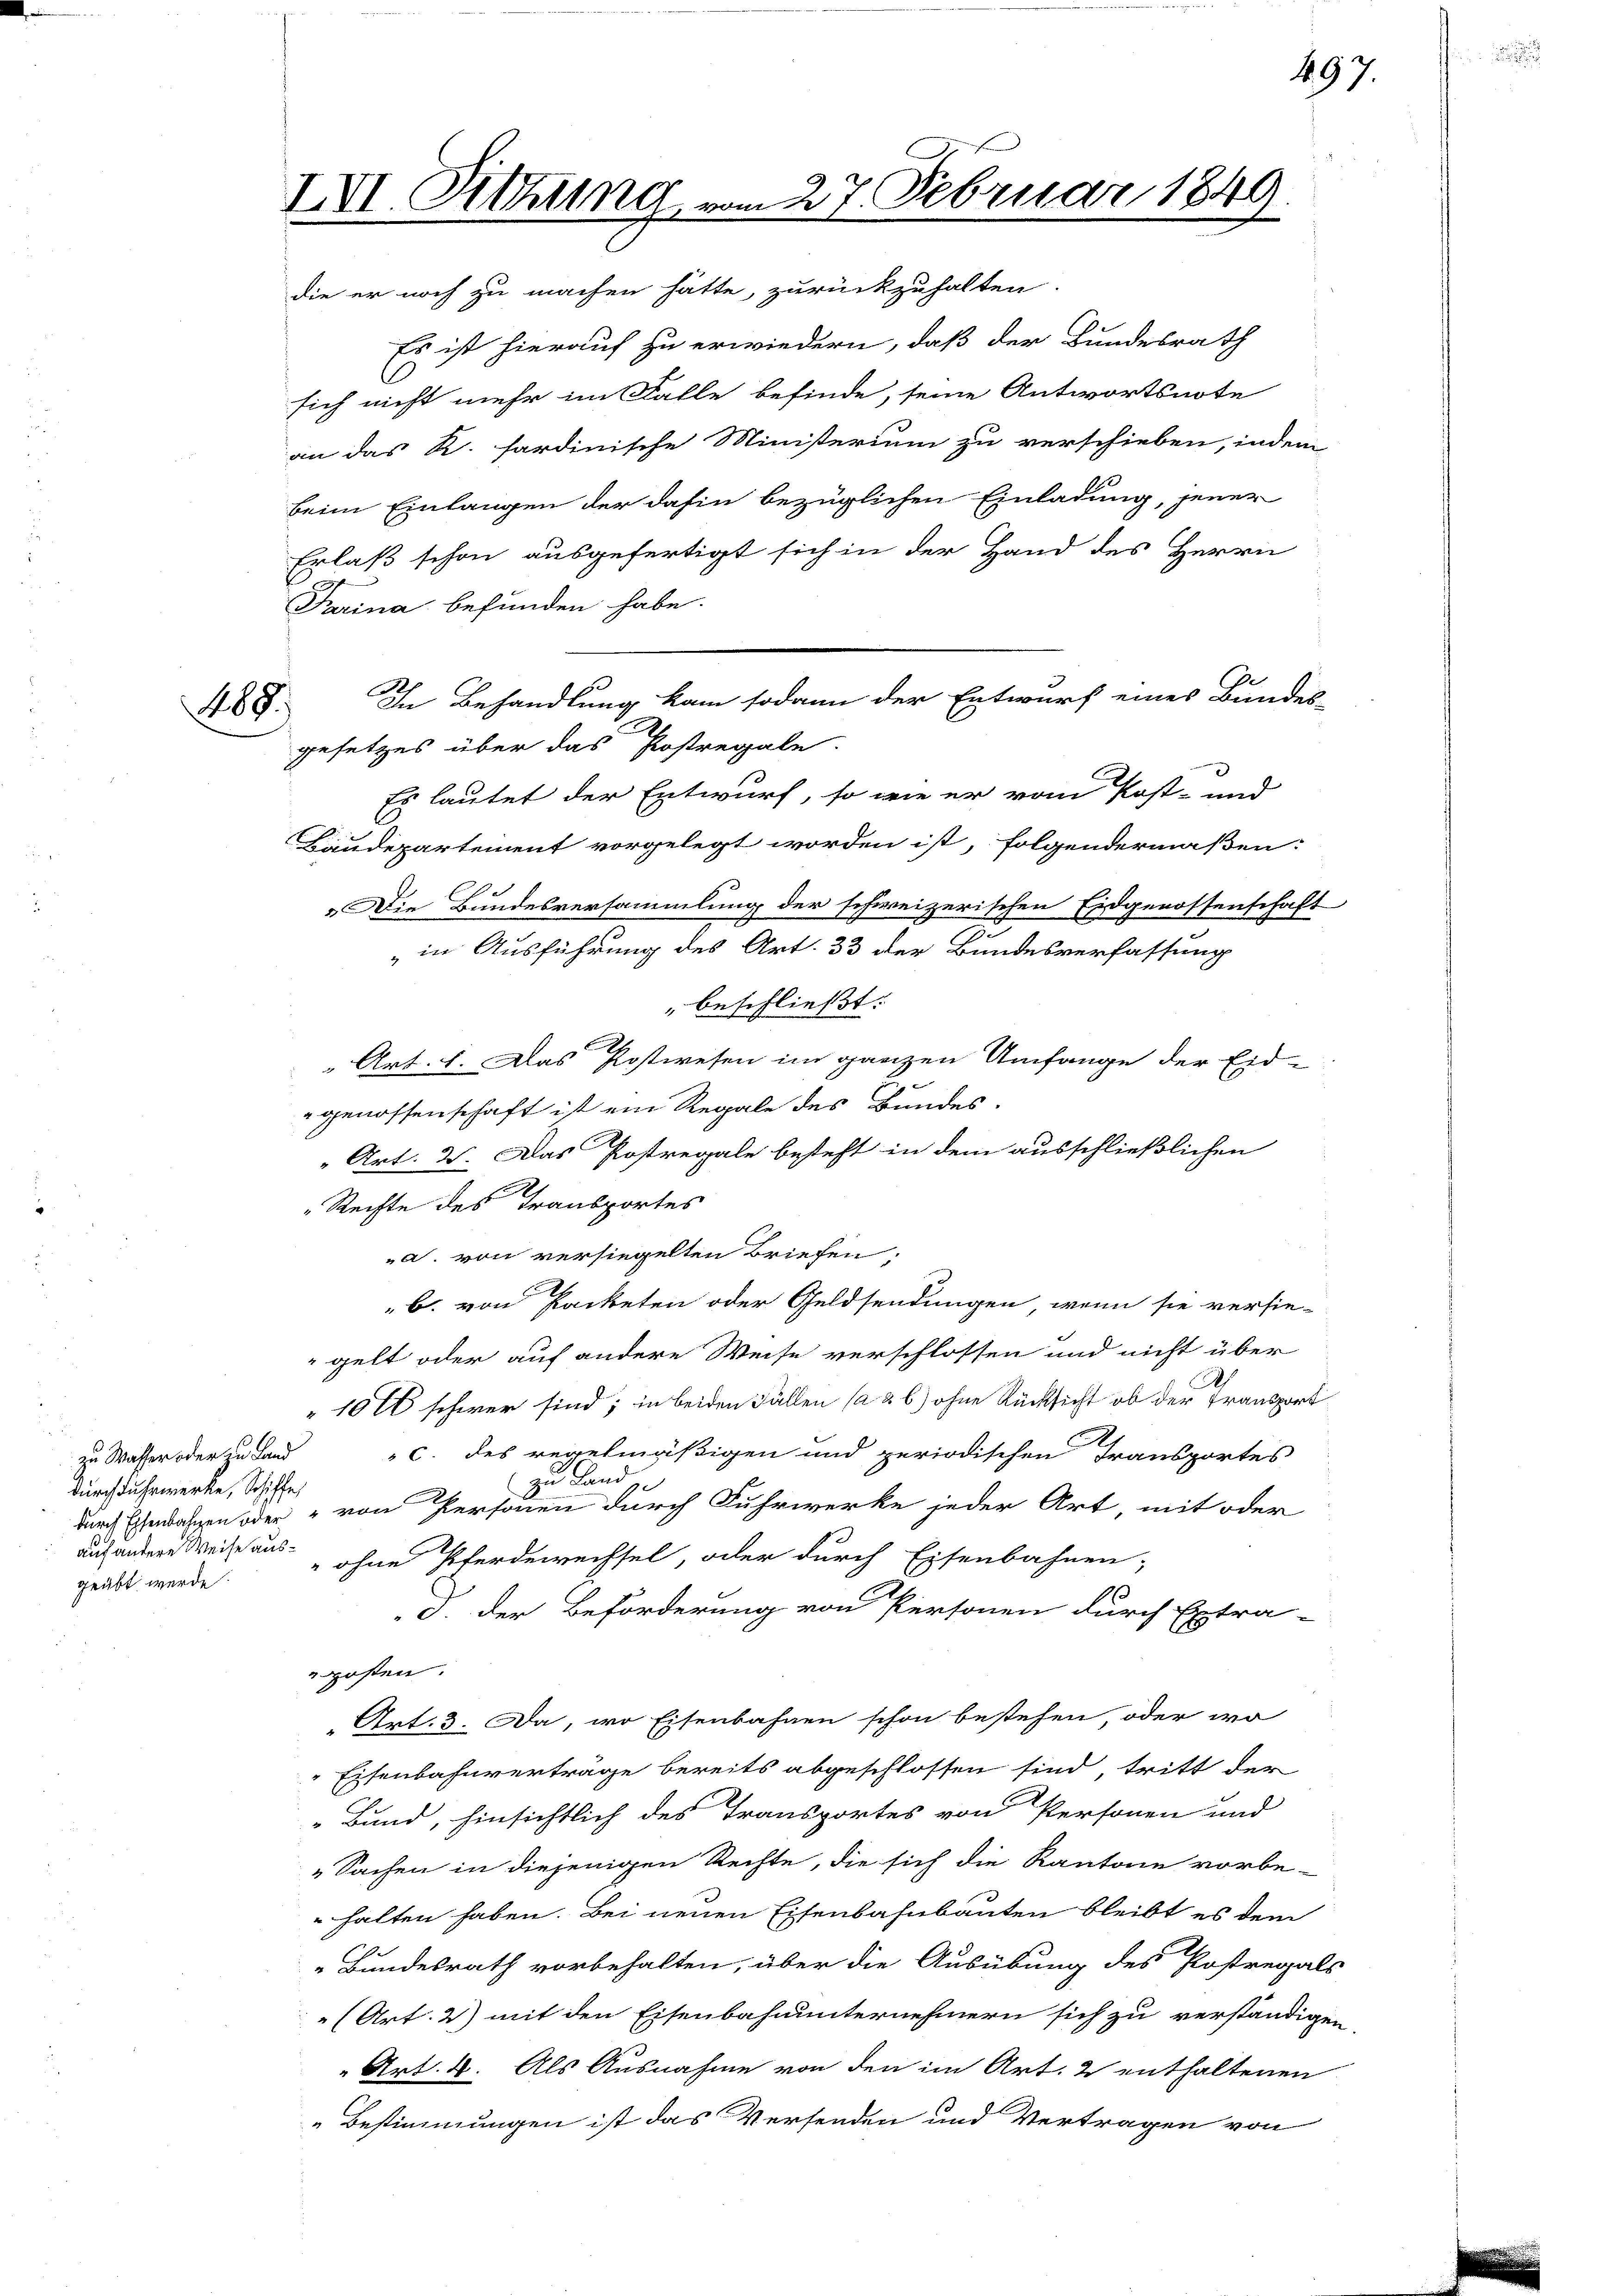
488.

zu Wasser oder zu Land
durch Fuhrwerke, Schiffe,
auf andere Weise ausgeübt werde.

IVI. Sitzung
die er noch zu machen hätte, zurückzuhalten.

Es ist hierauf zu erwiedern, daß der Bundesrath
sich nicht mehr im Falle befinde, seine Antwortsnote
an das R. sardinische Ministerium zu verschieben, indem
beim Einlangen der dahin bezüglichen Einladung, jener
Erlaß schon ausgefertigt sich in der Hand des Herrn
Frina befunden habe.
gesetzes über das Postregale.
Es lautet der Entwurf, so wie er vom Post- und
Baudepartement vorgelegt worden ist, folgendermaßen:
e
Die Bundesversammlung der schweizerischen Eidgenossenschaft
 in Ausführung des Art. 33 der Bundesverfassung
beschließt:
 Art. 1. Das Postwesen im ganzen Umfange der Eid-
genossenschaft ist ein Regale des Bundes-
" Art. 2. Das Postregale besteht in dem ausschließlichen
„Rechte des Transportes
a. von versiegelten Briefen,
b. von Packeten oder Geldsendungen, wenn sie versie-
gelt oder auf andere Weise verschlossen und nicht über
.
"1016 schwer sind; in beiden Fällen (a & b) ohne Rücksicht ob der Transport
c. des regelmäßigen und periodischen Transportes
zu Land
durch Ehenlassen oder " von Personen durch Fuhrwerke jeder Art, mit oder
" ohne Pferdewechsel, oder durch Eisenbahnen-
c. der Beförderung von Personen durch Extra-
eposten.
Art. 3. Da, wo Eisenbahnen schon bestehen, oder wo
Eisenbahnverträge bereits abgeschlossen sind, tritt der
Bund, hinsichtlich des Transportes von Personen und
„Sachen in diejenigen Rechte, die sich die Kantone vorbe-
halten haben. Bei neuen Eisenbahnbauten bleibt es dem
Bundesrath vorbehalten, über die Ausübung des Postregals
" (Art. 2) mit den Eisenbahnunternehmern sich zu verständigen
" Art. 4. Als Ausnahme von den im Art. 2 enthaltenen
„Bestimmungen ist das Versenden und Vertragen von

27. Februar

In Behandlung kam sodann der Entwurf eines Bundes-

l

197.

.

|
2